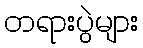
တရားပွဲများ